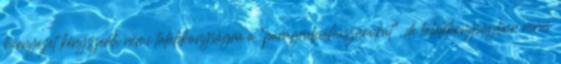
környezet kényszeríti némi találékonyságra a “paragrafushuszárokat”, de találékonyságban nincs